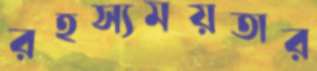
রহস্যময়তার